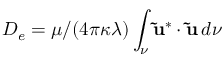
D _ { e } = \mu / ( 4 \pi \kappa \lambda ) \int _ { \nu } \mathbf { \tilde { u } } ^ { * } \cdot \mathbf { \tilde { u } } \, d \nu